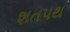
શતપથ